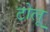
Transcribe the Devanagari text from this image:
टोलू